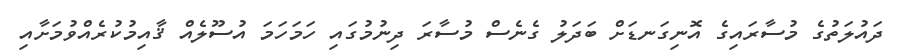
ދައުލަތުގެ މުސާރައިގެ އޮނިގަނޑަށް ބަދަލު ގެނެސް މުސާރަ ދިނުމުގައި ހަމަހަމަ އުސޫލެއް ޤާއިމުކުރެއްވުމަށާއި